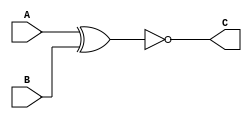
`timescale 1ns / 1ps
//////////////////////////////////////////////////////////////////////////////////
// Company: 
// Engineer: 
// 
// Design Name: 
// Module Name: Multiplicador
// Project Name: 
// Target Devices: 
// Tool Versions: 
// Description: 
// 
// Dependencies: 
// 
// Revision:
// Revision 0.01 - File Created
// Additional Comments:
// 
//////////////////////////////////////////////////////////////////////////////////


module Multiplicador # (parameter SAMPLES=128, parameter OSF=8) (A,B,C);
    input [SAMPLES*OSF-1:0] A;
    input [SAMPLES*OSF-1:0] B;
    output [SAMPLES*OSF-1:0] C;
    
    assign C= ~(A^B);
    //assign C = A|B;
    //assign C=A-^B;
endmodule